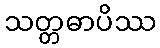
သတ္တဓာပိဿ